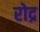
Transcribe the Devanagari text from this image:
रोद्र